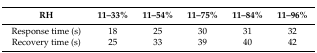
| RH | 11–33% | 11–54% | 11–75% | 11–84% | 11–96% |
 | --- | --- | --- | --- | --- | --- |
 | Response time (s) | 18 | 25 | 30 | 31 | 32 |
 | Recovery time (s) | 25 | 33 | 39 | 40 | 42 |